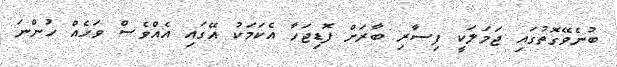
ބުނެވޭގޮތުގައި ޖަމަލަކީ ފިސާރި ބާރަށް ފޮޑިޖަހާ އެކަމަކު އޭގައި އެއްވެސް ވަހެއް ހުންނަ